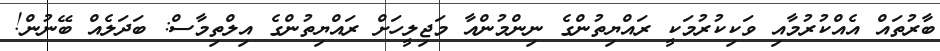
ބާރުތައް އެއްކުރުމާއި ވަކިކުރުމަކީ ރައްޔިތުންގެ ނިންމުންއާ މަޖިލީހަށް ރައްޔިތުންގެ އިލްތިމާސް: ބަދަލެއް ބޭނުން!